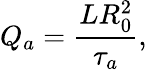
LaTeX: Q_{a}=\frac{LR_{0}^{2}}{\tau_{a}},